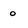
Character: o